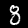
Label: 8